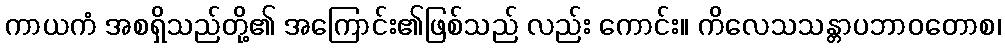
ကာယကံ အစရှိသည်တို့၏ အကြောင်း၏ဖြစ်သည် လည်း ကောင်း။ ကိလေသသန္တာပဘာဝတောစ၊